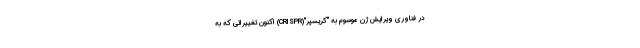
در فناوری ویرایش ژن موسوم به "کریسپر"(CRISPR) اکنون تغییراتی که به